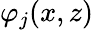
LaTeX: \varphi_{j}(x,z)